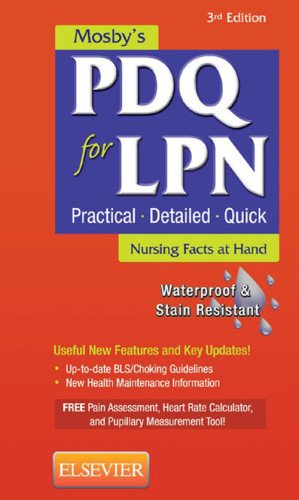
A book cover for Mosby's PDQ for LPN, 3e; Mosby; Medical Books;